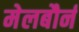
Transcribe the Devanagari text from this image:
मेलबौर्न